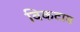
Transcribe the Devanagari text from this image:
विकटाय